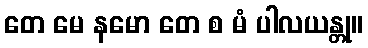
တေ မေ နမော တေ စ မံ ပါလယန္တု။